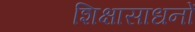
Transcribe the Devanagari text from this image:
शिक्षासाधनों